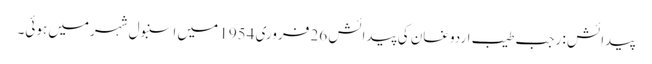
پیدائش : رجب طیب اردوغان کی پیدائش 26 فروری 1954 میں اسنبول شہرمیں ہوئی۔